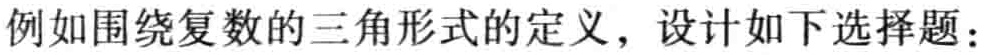
例如围绕复数的三角形式的定义，设计如下选择题：